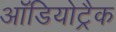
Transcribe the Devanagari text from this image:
ऑडियोट्रैक